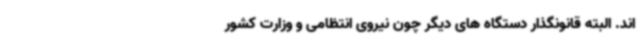
اند. البته قانونگذار دستگاه های دیگر چون نیروی انتظامی و وزارت کشور